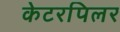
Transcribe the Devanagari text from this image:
केटरपिलर